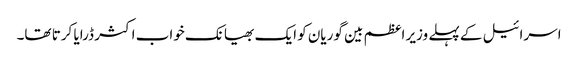
اسرائیل کے پہلے وزیر اعظم بین گوریان کو ایک بھیانک خواب اکثر ڈرایا کرتا تھا۔